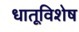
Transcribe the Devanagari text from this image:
धातूविशेष